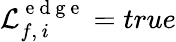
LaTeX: \mathcal{L}_{f,\, i}^{\mathrm{~e~d~g~e~}}=true